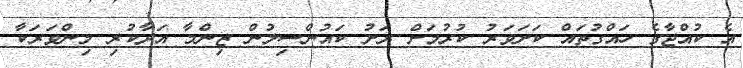
އެ ކުއްޖާގެ ހައްގުތައް ކަށަވަރު ކުރުމަށް ރަށު ކައުންސިލުން ޒިންމާ އަދާކުރި މިންވަރަކާ